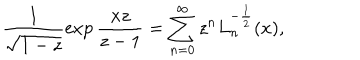
LaTeX: \frac 1 { \sqrt { 1 - z } } \exp \frac { x z } { z - 1 } = \sum _ { n = 0 } ^ { \infty } z ^ { n } L _ { n } ^ { - \frac 1 2 } ( x ) ,